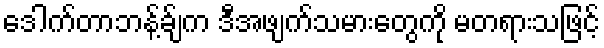
ဒေါက်တာဘန့်ခ်ျက ဒီအဖျက်သမားတွေကို မတရားသဖြင့်